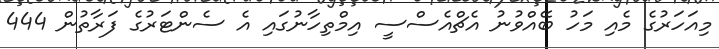
މިއަހަރުގެ މެއި މަހު ބޭއްވުނު އެޗްއެސްސީ އިމްތިހާނުގައި އެ ސެންޓަރުގެ ފަރާތުން 444